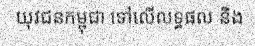
យុវជនកម្ពុជា ទៅលើលទ្ធផល និង